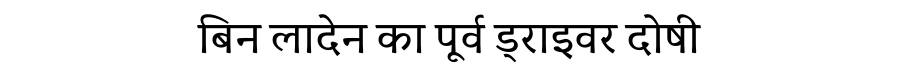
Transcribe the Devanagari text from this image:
बिन लादेन का पूर्व ड्राइवर दोषी